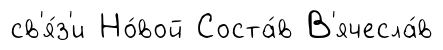
св'я́з'и Но́вой Соста́в В'ячесла́в